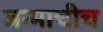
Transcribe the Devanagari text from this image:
जन्माचीच